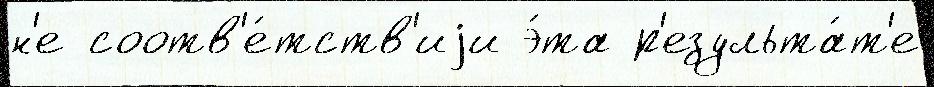
н'е соотв'е́тств'иjи э́та р'езульта́т'е